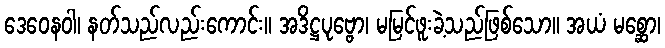
ဒေဝေနဝါ၊ နတ်သည်လည်းကောင်း။ အဒိဋ္ဌပုဗ္ဗော၊ မမြင်ဖူးခဲ့သည်ဖြစ်သော။ အယံ မစ္ဆော၊